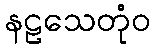
နဠသေတုံဝ